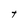
Character: t